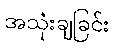
အသုံးချခြင်း